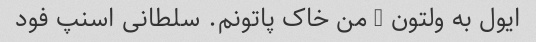
ایول به ولتون … من خاک پاتونم. سلطانی اسنپ فود